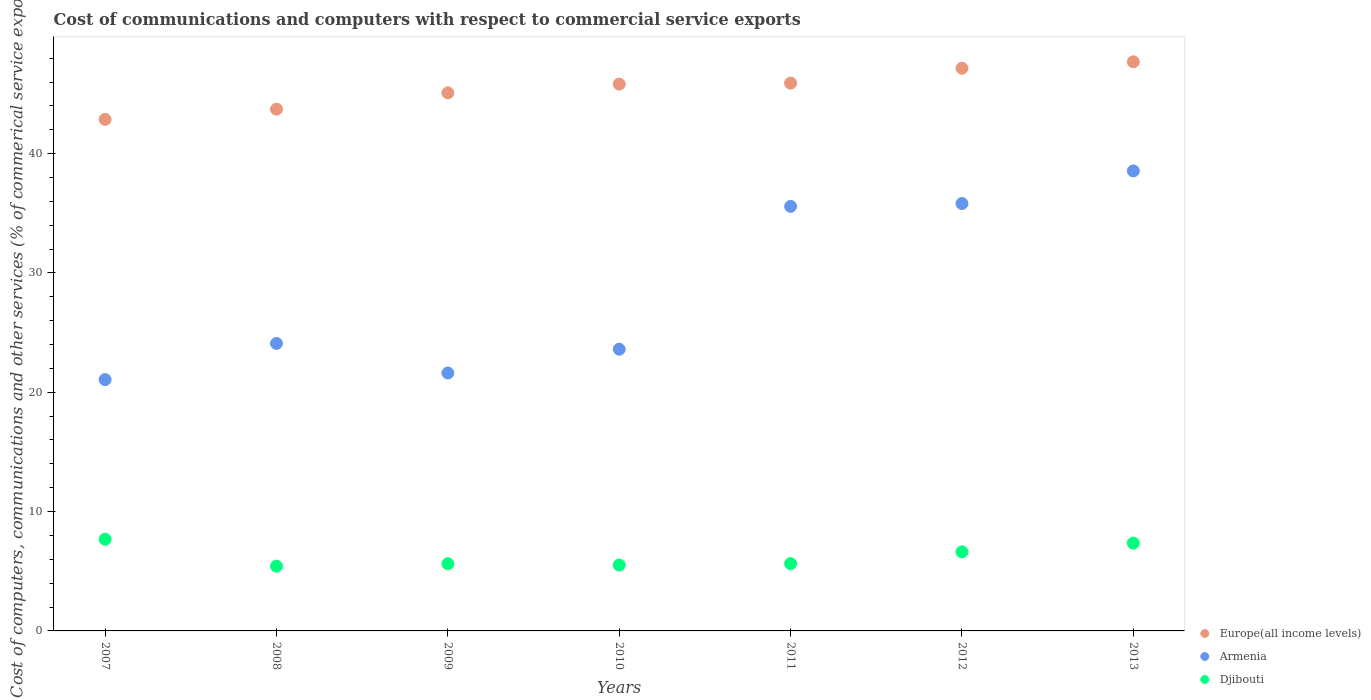
| Years | Europe(all income levels) | Armenia | Djibouti |
 | --- | --- | --- | --- |
 | 2007 | 42.9 | 21.1 | 7.68 |
 | 2008 | 43.7 | 24.1 | 5.43 |
 | 2009 | 45.1 | 21.6 | 5.63 |
 | 2010 | 45.8 | 23.6 | 5.52 |
 | 2011 | 45.9 | 35.6 | 5.64 |
 | 2012 | 47.2 | 35.8 | 6.63 |
 | 2013 | 47.7 | 38.5 | 7.36 |